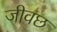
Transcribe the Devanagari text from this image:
जीवछ